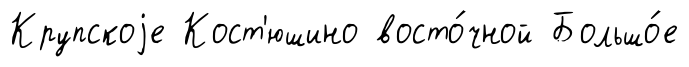
Крупскоjе Кост'юшино восто́чной Большо́е